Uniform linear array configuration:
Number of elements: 4
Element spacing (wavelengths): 0.25
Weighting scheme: uniform
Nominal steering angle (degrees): -60
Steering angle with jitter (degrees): -58.457
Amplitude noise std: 0.05
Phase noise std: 0.05

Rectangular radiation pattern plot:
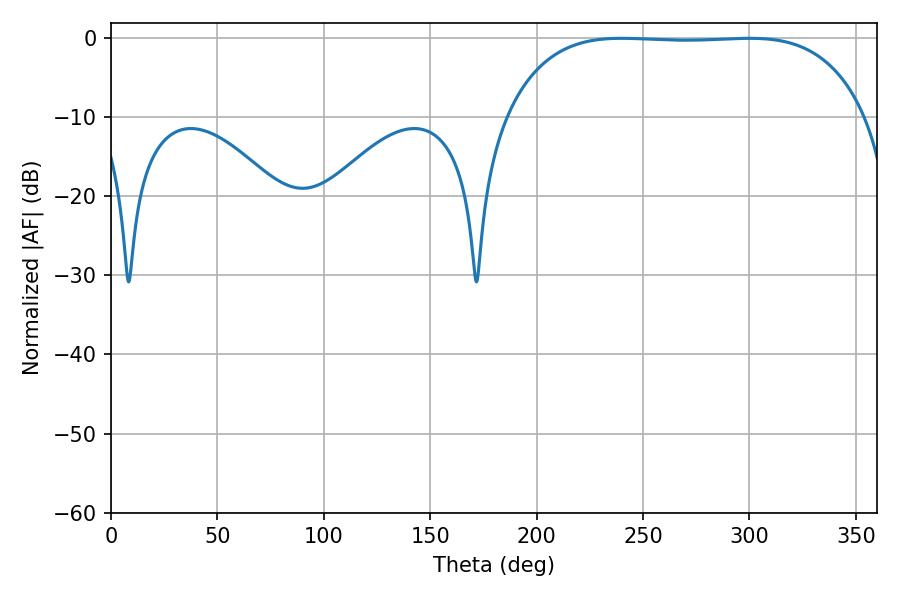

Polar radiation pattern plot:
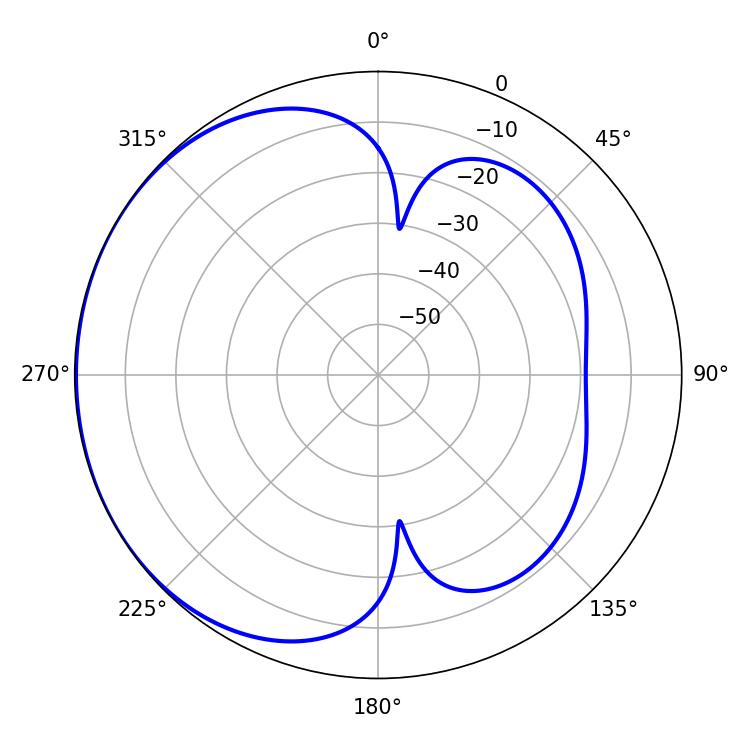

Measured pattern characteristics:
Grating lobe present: FALSE
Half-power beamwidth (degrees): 131.76
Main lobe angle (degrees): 239.94